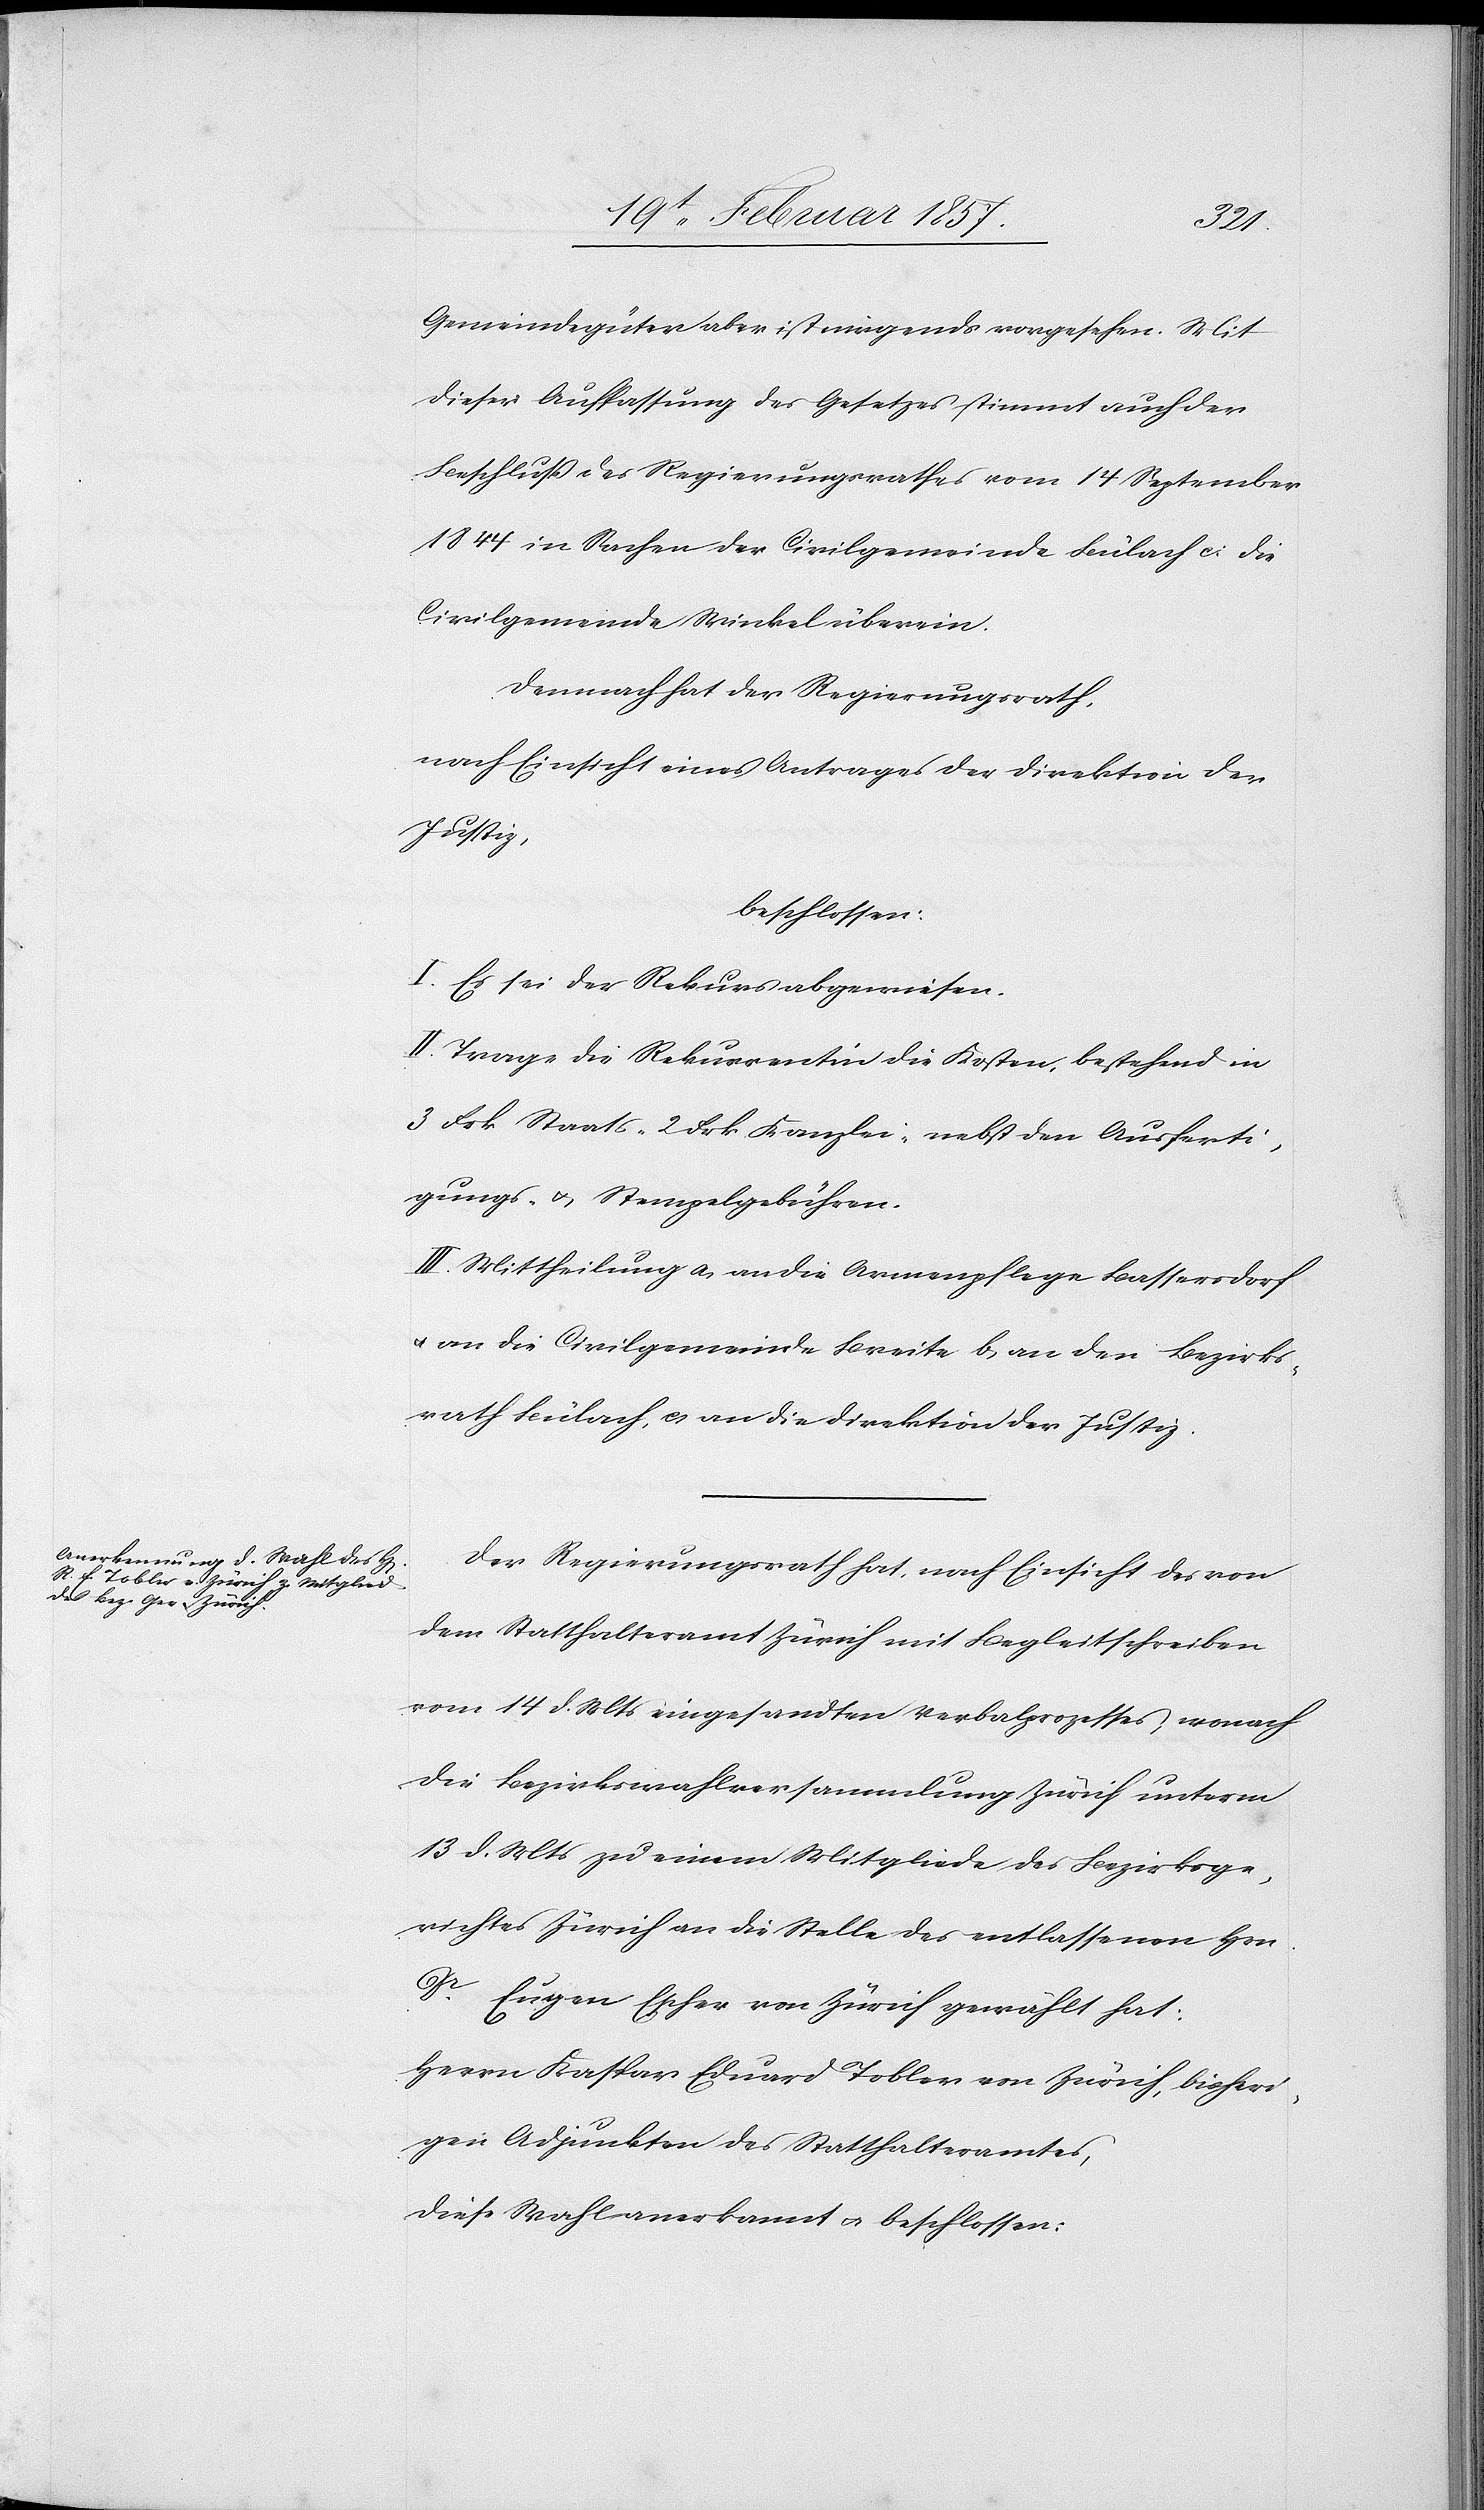
Gemeindegüter aber ist nirgends vorgesehen. Mit
dieser Auffassung des Gesetzes stimmt auch der
Beschluß des Regierungsrathes vom 14 September
1844 in Sachen der Civilgemeinde Bülach u. die
Civilgemeinde Winkel überein.
Demnach hat der Regierungsrath,
nach Einsicht eines Antrages der Direktion der
Justiz,
beschlossen:
I. Es sei der Rekurs abgewiesen.
II. Trage die Rekurrentin die Kosten, bestehend in
3 Frk. Staats-[,] 2 Frk. Kanzlei- nebst den Ausferti¬
gungs- u. Stempelgebühren.
III. Mittheilung a. an die Armenpflege Bassersdorf
u. an die Civilgemeinde Breite[,] b. an den Bezirks¬
rath Bülach, c. an die Direktion der Justiz.
Der Regierungsrath hat, nach Einsicht des von
dem Statthalteramt Zürich mit Begleitschreiben
vom 14 d. Mts eingesandten Verbalprozesses, wonach
die Bezirkswahlversammlung Zürich unterm
13 d. Mts zu einem Mitgliede des Bezirksge¬
richtes Zürich an die Stelle des entlassenen Hrn.
Eugen Escher von Zürich gewählt hat:
Herrn Kaspar Eduard Tobler von Zürich, bisheri¬
gen Adjunkten des Statthalteramtes,
diese Wahl anerkannt u. beschlossen: